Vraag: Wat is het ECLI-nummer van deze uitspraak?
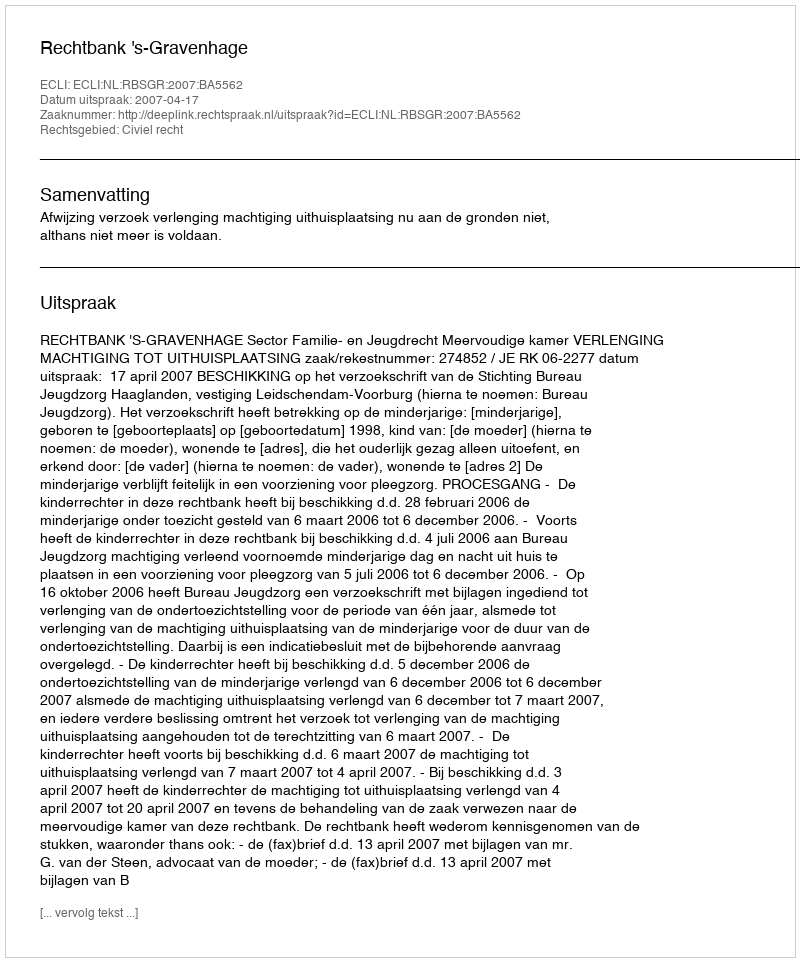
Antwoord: ECLI:NL:RBSGR:2007:BA5562